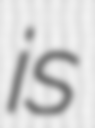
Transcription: is